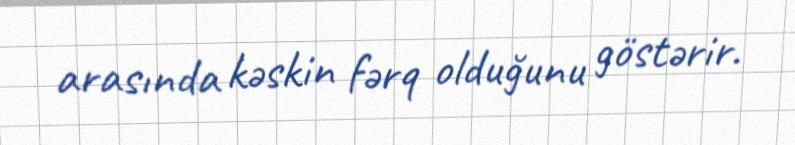
arasında kəskin fərq olduğunu göstərir.